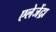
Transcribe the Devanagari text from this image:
एलेजेंद्रा